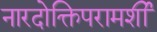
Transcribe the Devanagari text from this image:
नारदोक्तिपरामर्शी